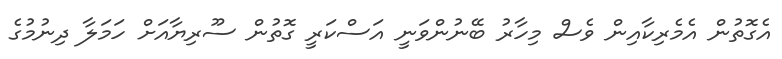
އެގޮތުން އެމެރިކާއިން ވެސް މިހާރު ބޭނުންވަނީ އަސްކަރީ ގޮތުން ސޫރިޔާއަށް ހަމަލާ ދިނުމުގެ